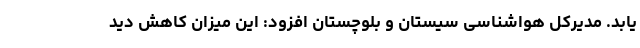
یابد. مدیرکل هواشناسی سیستان و بلوچستان افزود: این میزان کاهش دید